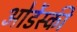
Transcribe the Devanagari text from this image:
ओर्डेस्की